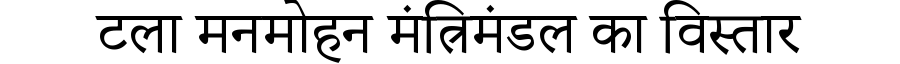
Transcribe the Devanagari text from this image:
टला मनमोहन मंत्रिमंडल का विस्तार